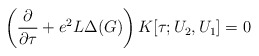
\begin{align*}\left(\frac{\partial}{\partial\tau}+e^2L\Delta(G)\right) K[\tau;U_2,U_1]=0\end{align*}